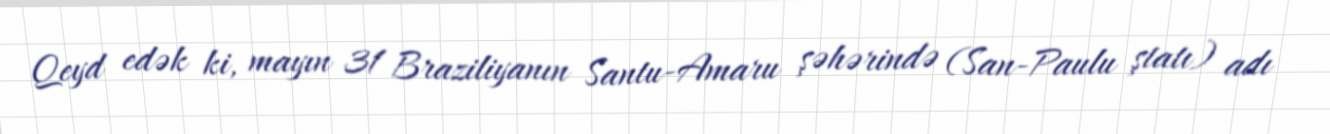
Qeyd edək ki, mayın 31 Braziliyanın Santu-Amaru şəhərində (San-Paulu ştatı) adı